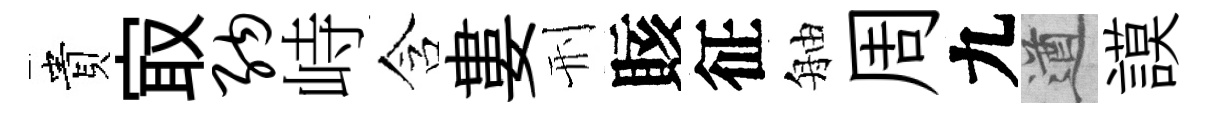
貴㝡纳峙含婁刑賅征舳周九遒謨